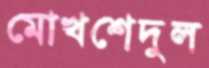
মোখশেদুল